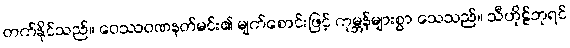
တက်နိုင်သည်။ ဝေဿဝဏနတ်မင်း၏ မျက်စောင်းဖြင့် ကုမ္ဘန်များစွာ သေသည်။ သီဟိုဠ်ဘုရင်